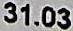
31.03